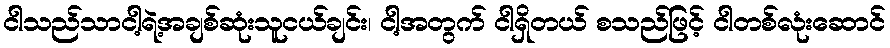
ငါသည်သာငါ့ရဲ့အချစ်ဆုံးသူငယ်ချင်း၊ ငါ့အတွက် ငါရှိတယ် စသည်ဖြင့် ငါတစ်လုံးဆောင်